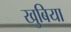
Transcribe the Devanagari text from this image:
खुबिया